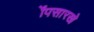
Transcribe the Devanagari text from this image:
ॲपसारखे